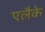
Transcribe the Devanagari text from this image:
एलैके